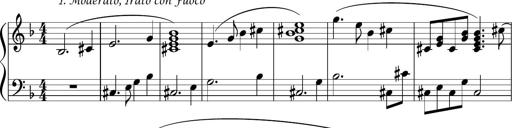
Title: Sonataette
Composer: Gergely Laszlo Matyas Jambor